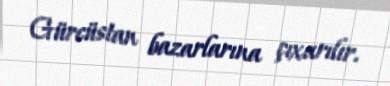
Gürcüstan bazarlarına çıxarılır.